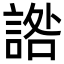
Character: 䛮